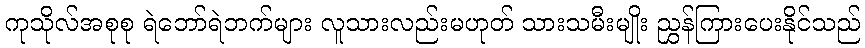
ကုသိုလ်အစုစု ရဲဘော်ရဲဘက်များ လူသားလည်းမဟုတ် သားသမီးမျိုး ညွှန်ကြားပေးနိုင်သည်